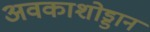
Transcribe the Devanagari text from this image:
अवकाशोड्डान